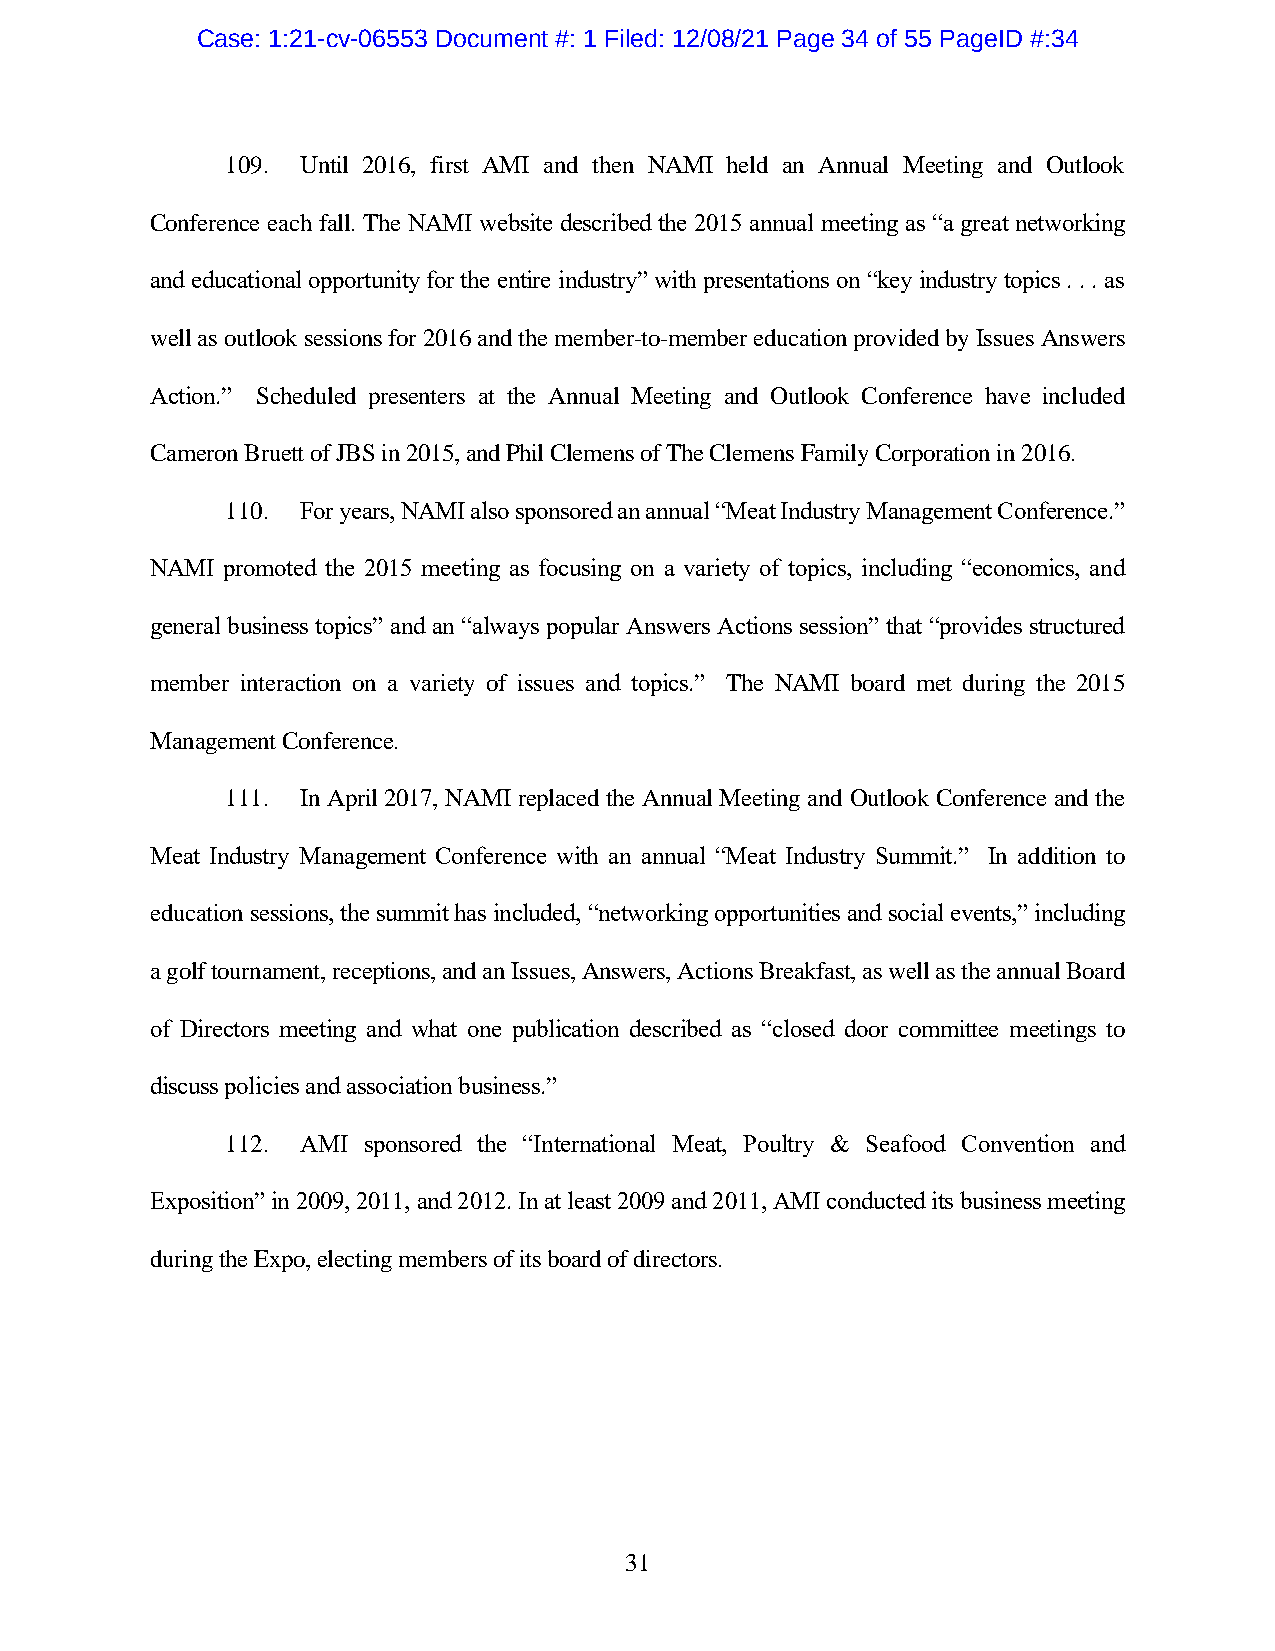
Case: 1:21-cv-06553 Document #: 1 Filed: 12/08/21 Page 34 of 55 PageID #:34
 109. Until 2016, first AMI and then NAMI held an Annual Meeting and Outlook
 Conference each fall. The NAMI website described the 2015 annual meeting as “a great networking
 and educational opportunity for the entire industry” with presentations on “key industry topics . . . as
 well as outlook sessions for 2016 and the member-to-member education provided by Issues Answers
 Action.” Scheduled presenters at the Annual Meeting and Outlook Conference have included
 Cameron Bruett of JBS in 2015, and Phil Clemens of The Clemens Family Corporation in 2016.
 110. For years, NAMI also sponsored an annual “Meat Industry Management Conference.”
 NAMI promoted the 2015 meeting as focusing on a variety of topics, including “economics, and
 general business topics” and an “always popular Answers Actions session” that “provides structured
 member interaction on a variety of issues and topics.” The NAMI board met during the 2015
 Management Conference.
 111. In April 2017, NAMI replaced the Annual Meeting and Outlook Conference and the
 Meat Industry Management Conference with an annual “Meat Industry Summit.” In addition to
 education sessions, the summit has included, “networking opportunities and social events,” including
 a golf tournament, receptions, and an Issues, Answers, Actions Breakfast, as well as the annual Board
 of Directors meeting and what one publication described as “closed door committee meetings to
 discuss policies and association business.”
 112. AMI sponsored the “International Meat, Poultry & Seafood Convention and
 Exposition” in 2009, 2011, and 2012. In at least 2009 and 2011, AMI conducted its business meeting
 during the Expo, electing members of its board of directors.
 31